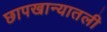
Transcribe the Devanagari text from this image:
छापखान्यातली